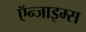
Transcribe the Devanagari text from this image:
ऍन्जाइम्स